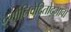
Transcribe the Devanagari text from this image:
दुर्गानिवेदितोद्भावो